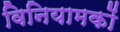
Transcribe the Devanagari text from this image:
विनियामकों